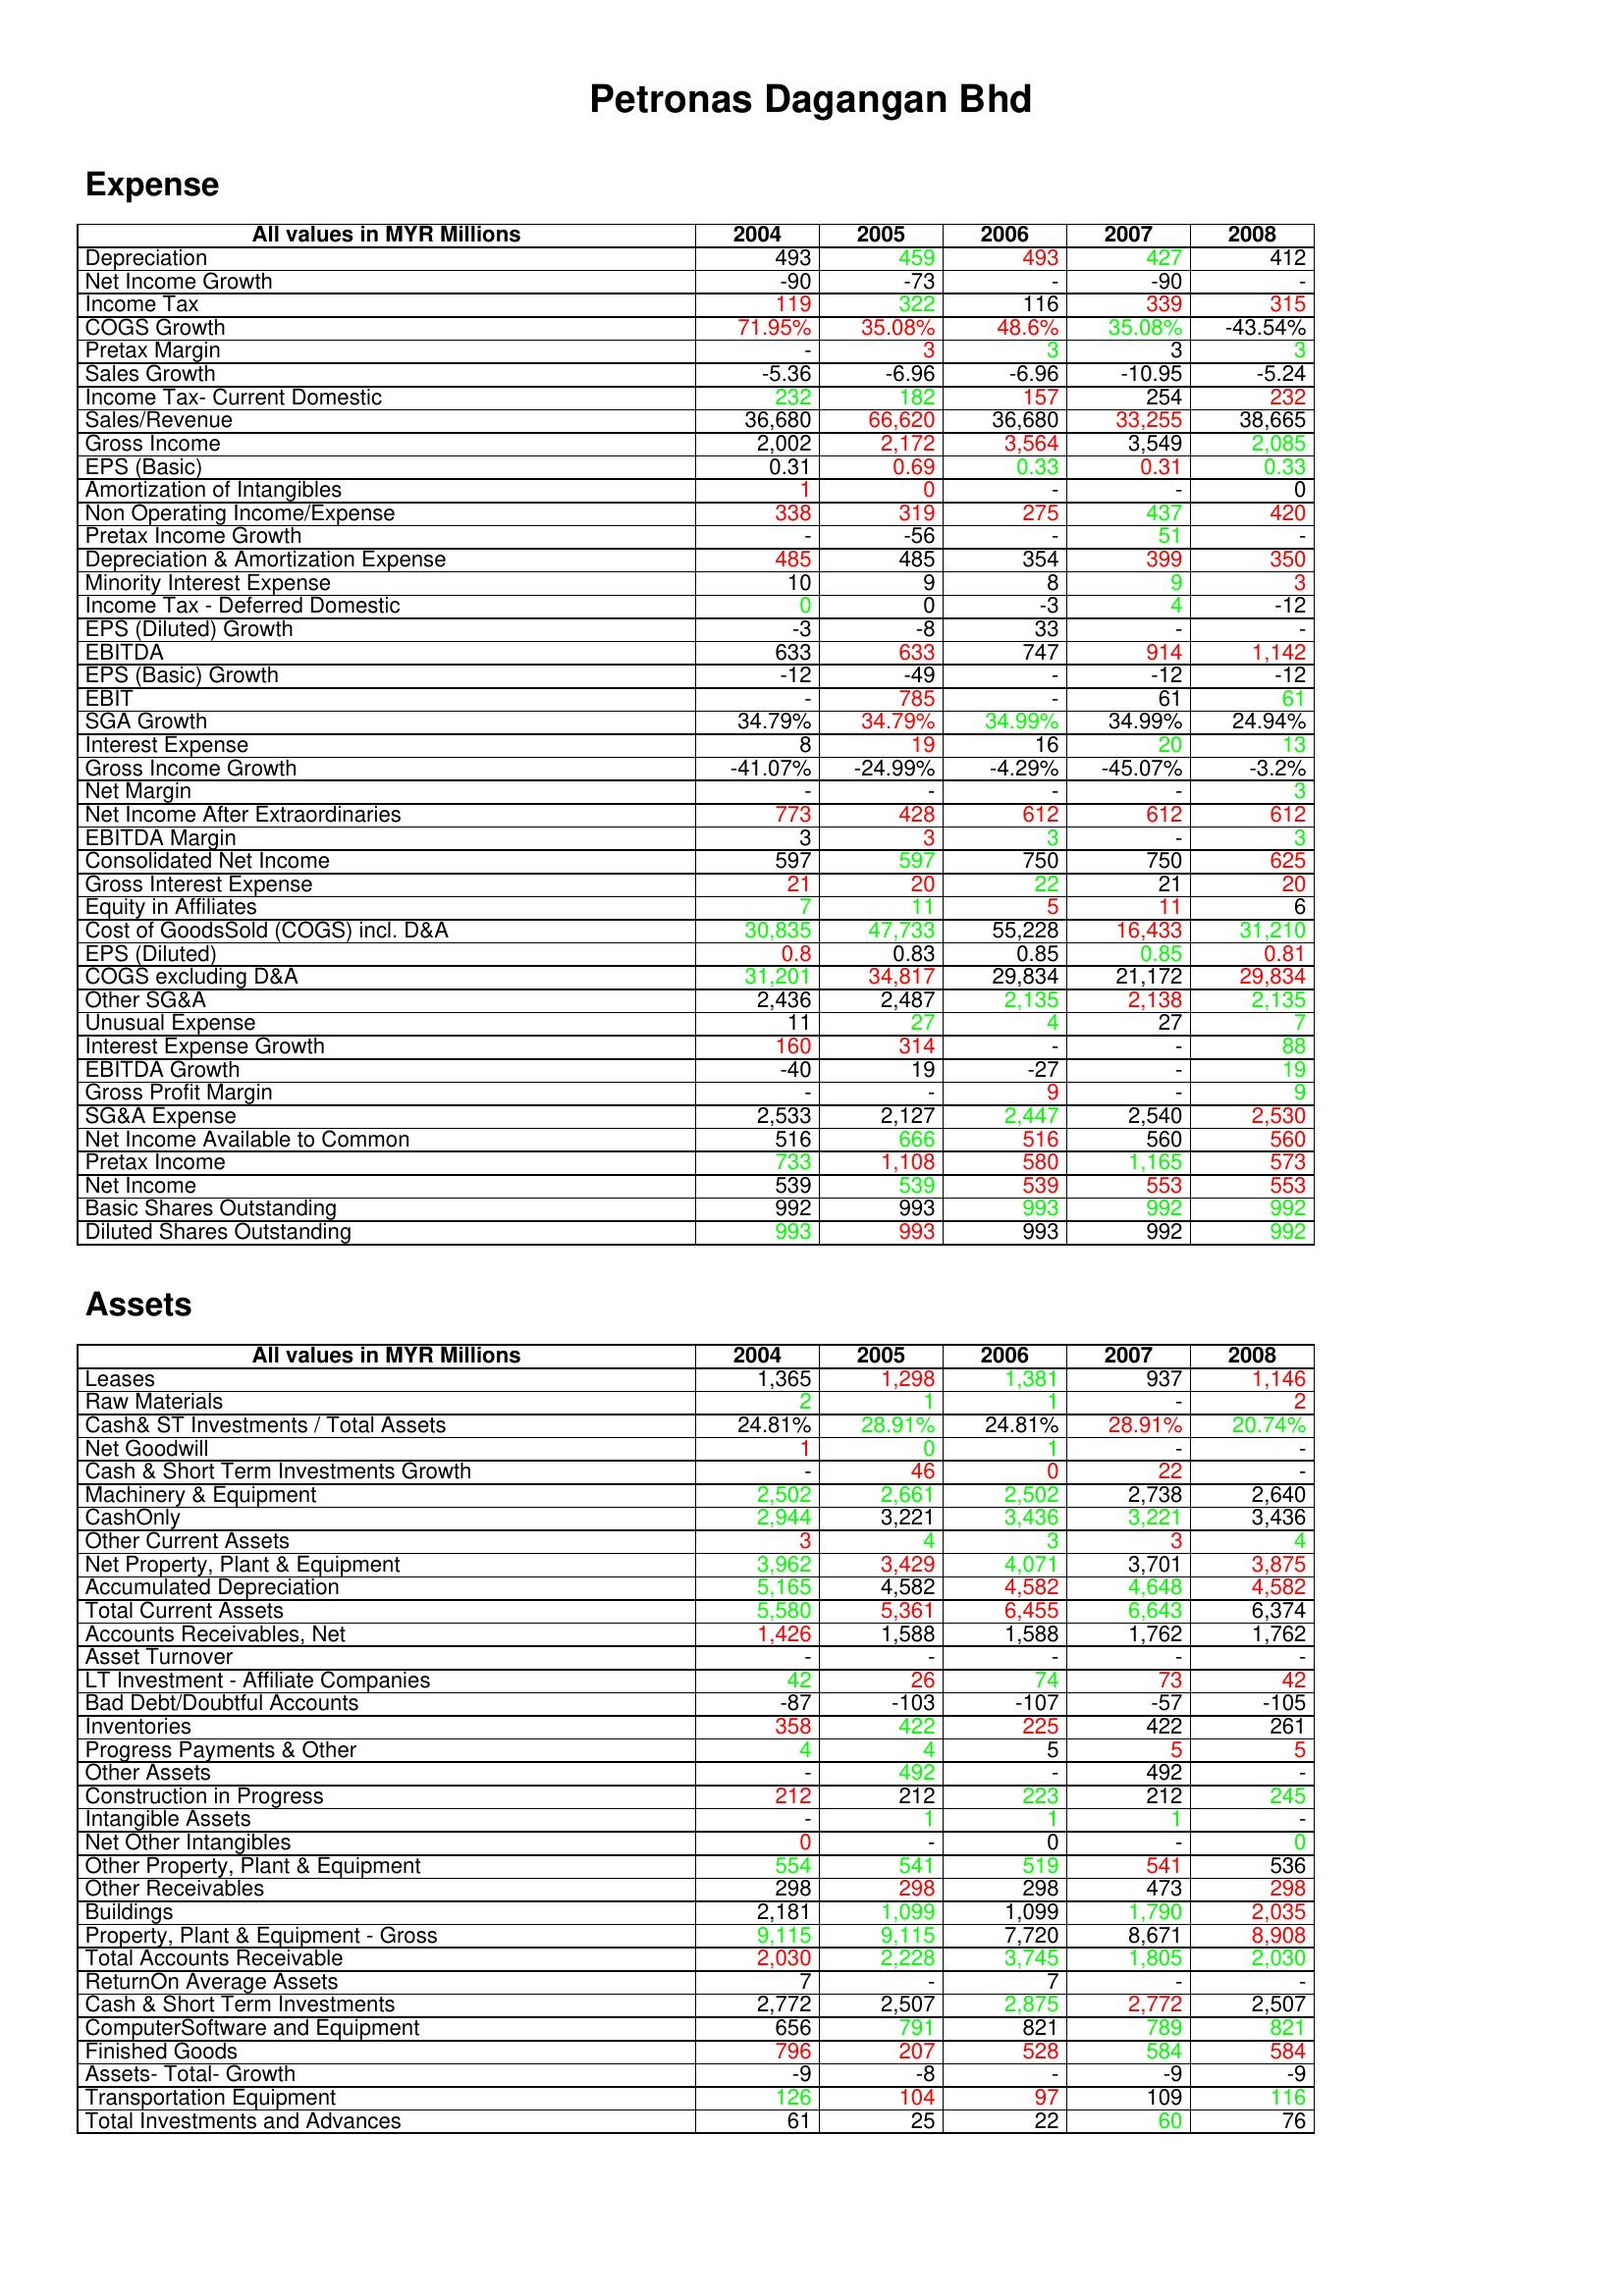
gt_parse: 2004: Expense: Depreciation: 493
Net Income Growth: -90
Income Tax: 119
COGS Growth: 71.95%
Pretax Margin: -
Sales Growth: -5.36
Income Tax- Current Domestic: 232
Sales/Revenue: 36,680
Gross Income: 2,002
EPS (Basic): 0.31
Amortization of Intangibles: 1
Non Operating Income/Expense: 338
Pretax Income Growth: -
Depreciation & Amortization Expense: 485
Minority Interest Expense: 10
Income Tax - Deferred Domestic: 0
EPS (Diluted) Growth: -3
EBITDA: 633
EPS (Basic) Growth: -12
EBIT: -
SGA Growth: 34.79%
Interest Expense: 8
Gross Income Growth: -41.07%
Net Margin: -
Net Income After Extraordinaries: 773
EBITDA Margin: 3
Consolidated Net Income: 597
Gross Interest Expense: 21
Equity in Affiliates: 7
Cost of GoodsSold (COGS) incl. D&A: 30,835
EPS (Diluted): 0.8
COGS excluding D&A: 31,201
Other SG&A: 2,436
Unusual Expense: 11
Interest Expense Growth: 160
EBITDA Growth: -40
Gross Profit Margin: -
SG&A Expense: 2,533
Net Income Available to Common: 516
Pretax Income: 733
Net Income: 539
Basic Shares Outstanding: 992
Diluted Shares Outstanding: 993
Assets: Leases: 1,365
Raw Materials: 2
Cash& ST Investments / Total Assets: 24.81%
Net Goodwill: 1
Cash & Short Term Investments Growth: -
Machinery & Equipment: 2,502
CashOnly: 2,944
Other Current Assets: 3
Net Property, Plant & Equipment: 3,962
Accumulated Depreciation: 5,165
Total Current Assets: 5,580
Accounts Receivables, Net: 1,426
Asset Turnover: -
LT Investment - Affiliate Companies: 42
Bad Debt/Doubtful Accounts: -87
Inventories: 358
Progress Payments & Other: 4
Other Assets: -
Construction in Progress: 212
Intangible Assets: -
Net Other Intangibles: 0
Other Property, Plant & Equipment: 554
Other Receivables: 298
Buildings: 2,181
Property, Plant & Equipment - Gross : 9,115
Total Accounts Receivable: 2,030
ReturnOn Average Assets: 7
Cash & Short Term Investments: 2,772
ComputerSoftware and Equipment: 656
Finished Goods: 796
Assets- Total- Growth: -9
Transportation Equipment: 126
Total Investments and Advances: 61
2005: Expense: Depreciation: 459
Net Income Growth: -73
Income Tax: 322
COGS Growth: 35.08%
Pretax Margin: 3
Sales Growth: -6.96
Income Tax- Current Domestic: 182
Sales/Revenue: 66,620
Gross Income: 2,172
EPS (Basic): 0.69
Amortization of Intangibles: 0
Non Operating Income/Expense: 319
Pretax Income Growth: -56
Depreciation & Amortization Expense: 485
Minority Interest Expense: 9
Income Tax - Deferred Domestic: 0
EPS (Diluted) Growth: -8
EBITDA: 633
EPS (Basic) Growth: -49
EBIT: 785
SGA Growth: 34.79%
Interest Expense: 19
Gross Income Growth: -24.99%
Net Margin: -
Net Income After Extraordinaries: 428
EBITDA Margin: 3
Consolidated Net Income: 597
Gross Interest Expense: 20
Equity in Affiliates: 11
Cost of GoodsSold (COGS) incl. D&A: 47,733
EPS (Diluted): 0.83
COGS excluding D&A: 34,817
Other SG&A: 2,487
Unusual Expense: 27
Interest Expense Growth: 314
EBITDA Growth: 19
Gross Profit Margin: -
SG&A Expense: 2,127
Net Income Available to Common: 666
Pretax Income: 1,108
Net Income: 539
Basic Shares Outstanding: 993
Diluted Shares Outstanding: 993
Assets: Leases: 1,298
Raw Materials: 1
Cash& ST Investments / Total Assets: 28.91%
Net Goodwill: 0
Cash & Short Term Investments Growth: 46
Machinery & Equipment: 2,661
CashOnly: 3,221
Other Current Assets: 4
Net Property, Plant & Equipment: 3,429
Accumulated Depreciation: 4,582
Total Current Assets: 5,361
Accounts Receivables, Net: 1,588
Asset Turnover: -
LT Investment - Affiliate Companies: 26
Bad Debt/Doubtful Accounts: -103
Inventories: 422
Progress Payments & Other: 4
Other Assets: 492
Construction in Progress: 212
Intangible Assets: 1
Net Other Intangibles: -
Other Property, Plant & Equipment: 541
Other Receivables: 298
Buildings: 1,099
Property, Plant & Equipment - Gross : 9,115
Total Accounts Receivable: 2,228
ReturnOn Average Assets: -
Cash & Short Term Investments: 2,507
ComputerSoftware and Equipment: 791
Finished Goods: 207
Assets- Total- Growth: -8
Transportation Equipment: 104
Total Investments and Advances: 25
2006: Expense: Depreciation: 493
Net Income Growth: -
Income Tax: 116
COGS Growth: 48.6%
Pretax Margin: 3
Sales Growth: -6.96
Income Tax- Current Domestic: 157
Sales/Revenue: 36,680
Gross Income: 3,564
EPS (Basic): 0.33
Amortization of Intangibles: -
Non Operating Income/Expense: 275
Pretax Income Growth: -
Depreciation & Amortization Expense: 354
Minority Interest Expense: 8
Income Tax - Deferred Domestic: -3
EPS (Diluted) Growth: 33
EBITDA: 747
EPS (Basic) Growth: -
EBIT: -
SGA Growth: 34.99%
Interest Expense: 16
Gross Income Growth: -4.29%
Net Margin: -
Net Income After Extraordinaries: 612
EBITDA Margin: 3
Consolidated Net Income: 750
Gross Interest Expense: 22
Equity in Affiliates: 5
Cost of GoodsSold (COGS) incl. D&A: 55,228
EPS (Diluted): 0.85
COGS excluding D&A: 29,834
Other SG&A: 2,135
Unusual Expense: 4
Interest Expense Growth: -
EBITDA Growth: -27
Gross Profit Margin: 9
SG&A Expense: 2,447
Net Income Available to Common: 516
Pretax Income: 580
Net Income: 539
Basic Shares Outstanding: 993
Diluted Shares Outstanding: 993
Assets: Leases: 1,381
Raw Materials: 1
Cash& ST Investments / Total Assets: 24.81%
Net Goodwill: 1
Cash & Short Term Investments Growth: 0
Machinery & Equipment: 2,502
CashOnly: 3,436
Other Current Assets: 3
Net Property, Plant & Equipment: 4,071
Accumulated Depreciation: 4,582
Total Current Assets: 6,455
Accounts Receivables, Net: 1,588
Asset Turnover: -
LT Investment - Affiliate Companies: 74
Bad Debt/Doubtful Accounts: -107
Inventories: 225
Progress Payments & Other: 5
Other Assets: -
Construction in Progress: 223
Intangible Assets: 1
Net Other Intangibles: 0
Other Property, Plant & Equipment: 519
Other Receivables: 298
Buildings: 1,099
Property, Plant & Equipment - Gross : 7,720
Total Accounts Receivable: 3,745
ReturnOn Average Assets: 7
Cash & Short Term Investments: 2,875
ComputerSoftware and Equipment: 821
Finished Goods: 528
Assets- Total- Growth: -
Transportation Equipment: 97
Total Investments and Advances: 22
2007: Expense: Depreciation: 427
Net Income Growth: -90
Income Tax: 339
COGS Growth: 35.08%
Pretax Margin: 3
Sales Growth: -10.95
Income Tax- Current Domestic: 254
Sales/Revenue: 33,255
Gross Income: 3,549
EPS (Basic): 0.31
Amortization of Intangibles: -
Non Operating Income/Expense: 437
Pretax Income Growth: 51
Depreciation & Amortization Expense: 399
Minority Interest Expense: 9
Income Tax - Deferred Domestic: 4
EPS (Diluted) Growth: -
EBITDA: 914
EPS (Basic) Growth: -12
EBIT: 61
SGA Growth: 34.99%
Interest Expense: 20
Gross Income Growth: -45.07%
Net Margin: -
Net Income After Extraordinaries: 612
EBITDA Margin: -
Consolidated Net Income: 750
Gross Interest Expense: 21
Equity in Affiliates: 11
Cost of GoodsSold (COGS) incl. D&A: 16,433
EPS (Diluted): 0.85
COGS excluding D&A: 21,172
Other SG&A: 2,138
Unusual Expense: 27
Interest Expense Growth: -
EBITDA Growth: -
Gross Profit Margin: -
SG&A Expense: 2,540
Net Income Available to Common: 560
Pretax Income: 1,165
Net Income: 553
Basic Shares Outstanding: 992
Diluted Shares Outstanding: 992
Assets: Leases: 937
Raw Materials: -
Cash& ST Investments / Total Assets: 28.91%
Net Goodwill: -
Cash & Short Term Investments Growth: 22
Machinery & Equipment: 2,738
CashOnly: 3,221
Other Current Assets: 3
Net Property, Plant & Equipment: 3,701
Accumulated Depreciation: 4,648
Total Current Assets: 6,643
Accounts Receivables, Net: 1,762
Asset Turnover: -
LT Investment - Affiliate Companies: 73
Bad Debt/Doubtful Accounts: -57
Inventories: 422
Progress Payments & Other: 5
Other Assets: 492
Construction in Progress: 212
Intangible Assets: 1
Net Other Intangibles: -
Other Property, Plant & Equipment: 541
Other Receivables: 473
Buildings: 1,790
Property, Plant & Equipment - Gross : 8,671
Total Accounts Receivable: 1,805
ReturnOn Average Assets: -
Cash & Short Term Investments: 2,772
ComputerSoftware and Equipment: 789
Finished Goods: 584
Assets- Total- Growth: -9
Transportation Equipment: 109
Total Investments and Advances: 60
2008: Expense: Depreciation: 412
Net Income Growth: -
Income Tax: 315
COGS Growth: -43.54%
Pretax Margin: 3
Sales Growth: -5.24
Income Tax- Current Domestic: 232
Sales/Revenue: 38,665
Gross Income: 2,085
EPS (Basic): 0.33
Amortization of Intangibles: 0
Non Operating Income/Expense: 420
Pretax Income Growth: -
Depreciation & Amortization Expense: 350
Minority Interest Expense: 3
Income Tax - Deferred Domestic: -12
EPS (Diluted) Growth: -
EBITDA: 1,142
EPS (Basic) Growth: -12
EBIT: 61
SGA Growth: 24.94%
Interest Expense: 13
Gross Income Growth: -3.2%
Net Margin: 3
Net Income After Extraordinaries: 612
EBITDA Margin: 3
Consolidated Net Income: 625
Gross Interest Expense: 20
Equity in Affiliates: 6
Cost of GoodsSold (COGS) incl. D&A: 31,210
EPS (Diluted): 0.81
COGS excluding D&A: 29,834
Other SG&A: 2,135
Unusual Expense: 7
Interest Expense Growth: 88
EBITDA Growth: 19
Gross Profit Margin: 9
SG&A Expense: 2,530
Net Income Available to Common: 560
Pretax Income: 573
Net Income: 553
Basic Shares Outstanding: 992
Diluted Shares Outstanding: 992
Assets: Leases: 1,146
Raw Materials: 2
Cash& ST Investments / Total Assets: 20.74%
Net Goodwill: -
Cash & Short Term Investments Growth: -
Machinery & Equipment: 2,640
CashOnly: 3,436
Other Current Assets: 4
Net Property, Plant & Equipment: 3,875
Accumulated Depreciation: 4,582
Total Current Assets: 6,374
Accounts Receivables, Net: 1,762
Asset Turnover: -
LT Investment - Affiliate Companies: 42
Bad Debt/Doubtful Accounts: -105
Inventories: 261
Progress Payments & Other: 5
Other Assets: -
Construction in Progress: 245
Intangible Assets: -
Net Other Intangibles: 0
Other Property, Plant & Equipment: 536
Other Receivables: 298
Buildings: 2,035
Property, Plant & Equipment - Gross : 8,908
Total Accounts Receivable: 2,030
ReturnOn Average Assets: -
Cash & Short Term Investments: 2,507
ComputerSoftware and Equipment: 821
Finished Goods: 584
Assets- Total- Growth: -9
Transportation Equipment: 116
Total Investments and Advances: 76